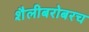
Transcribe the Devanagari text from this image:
शैलीबरोबरच